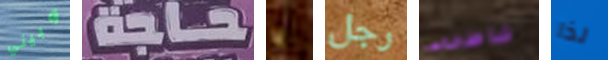
وبيني حاجة يا رجل شاطىء لذا